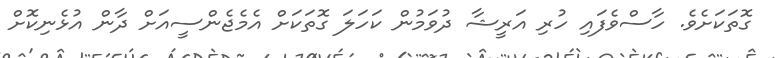
ގޮތަކަށެވެ. ހާސްވެފައި ހުރި އަރީޝާ ދުވަމުން ކަހަލަ ގޮތަކަށް އެމެޖެންސީއަށް ދާން އުޅެނިކޮށް